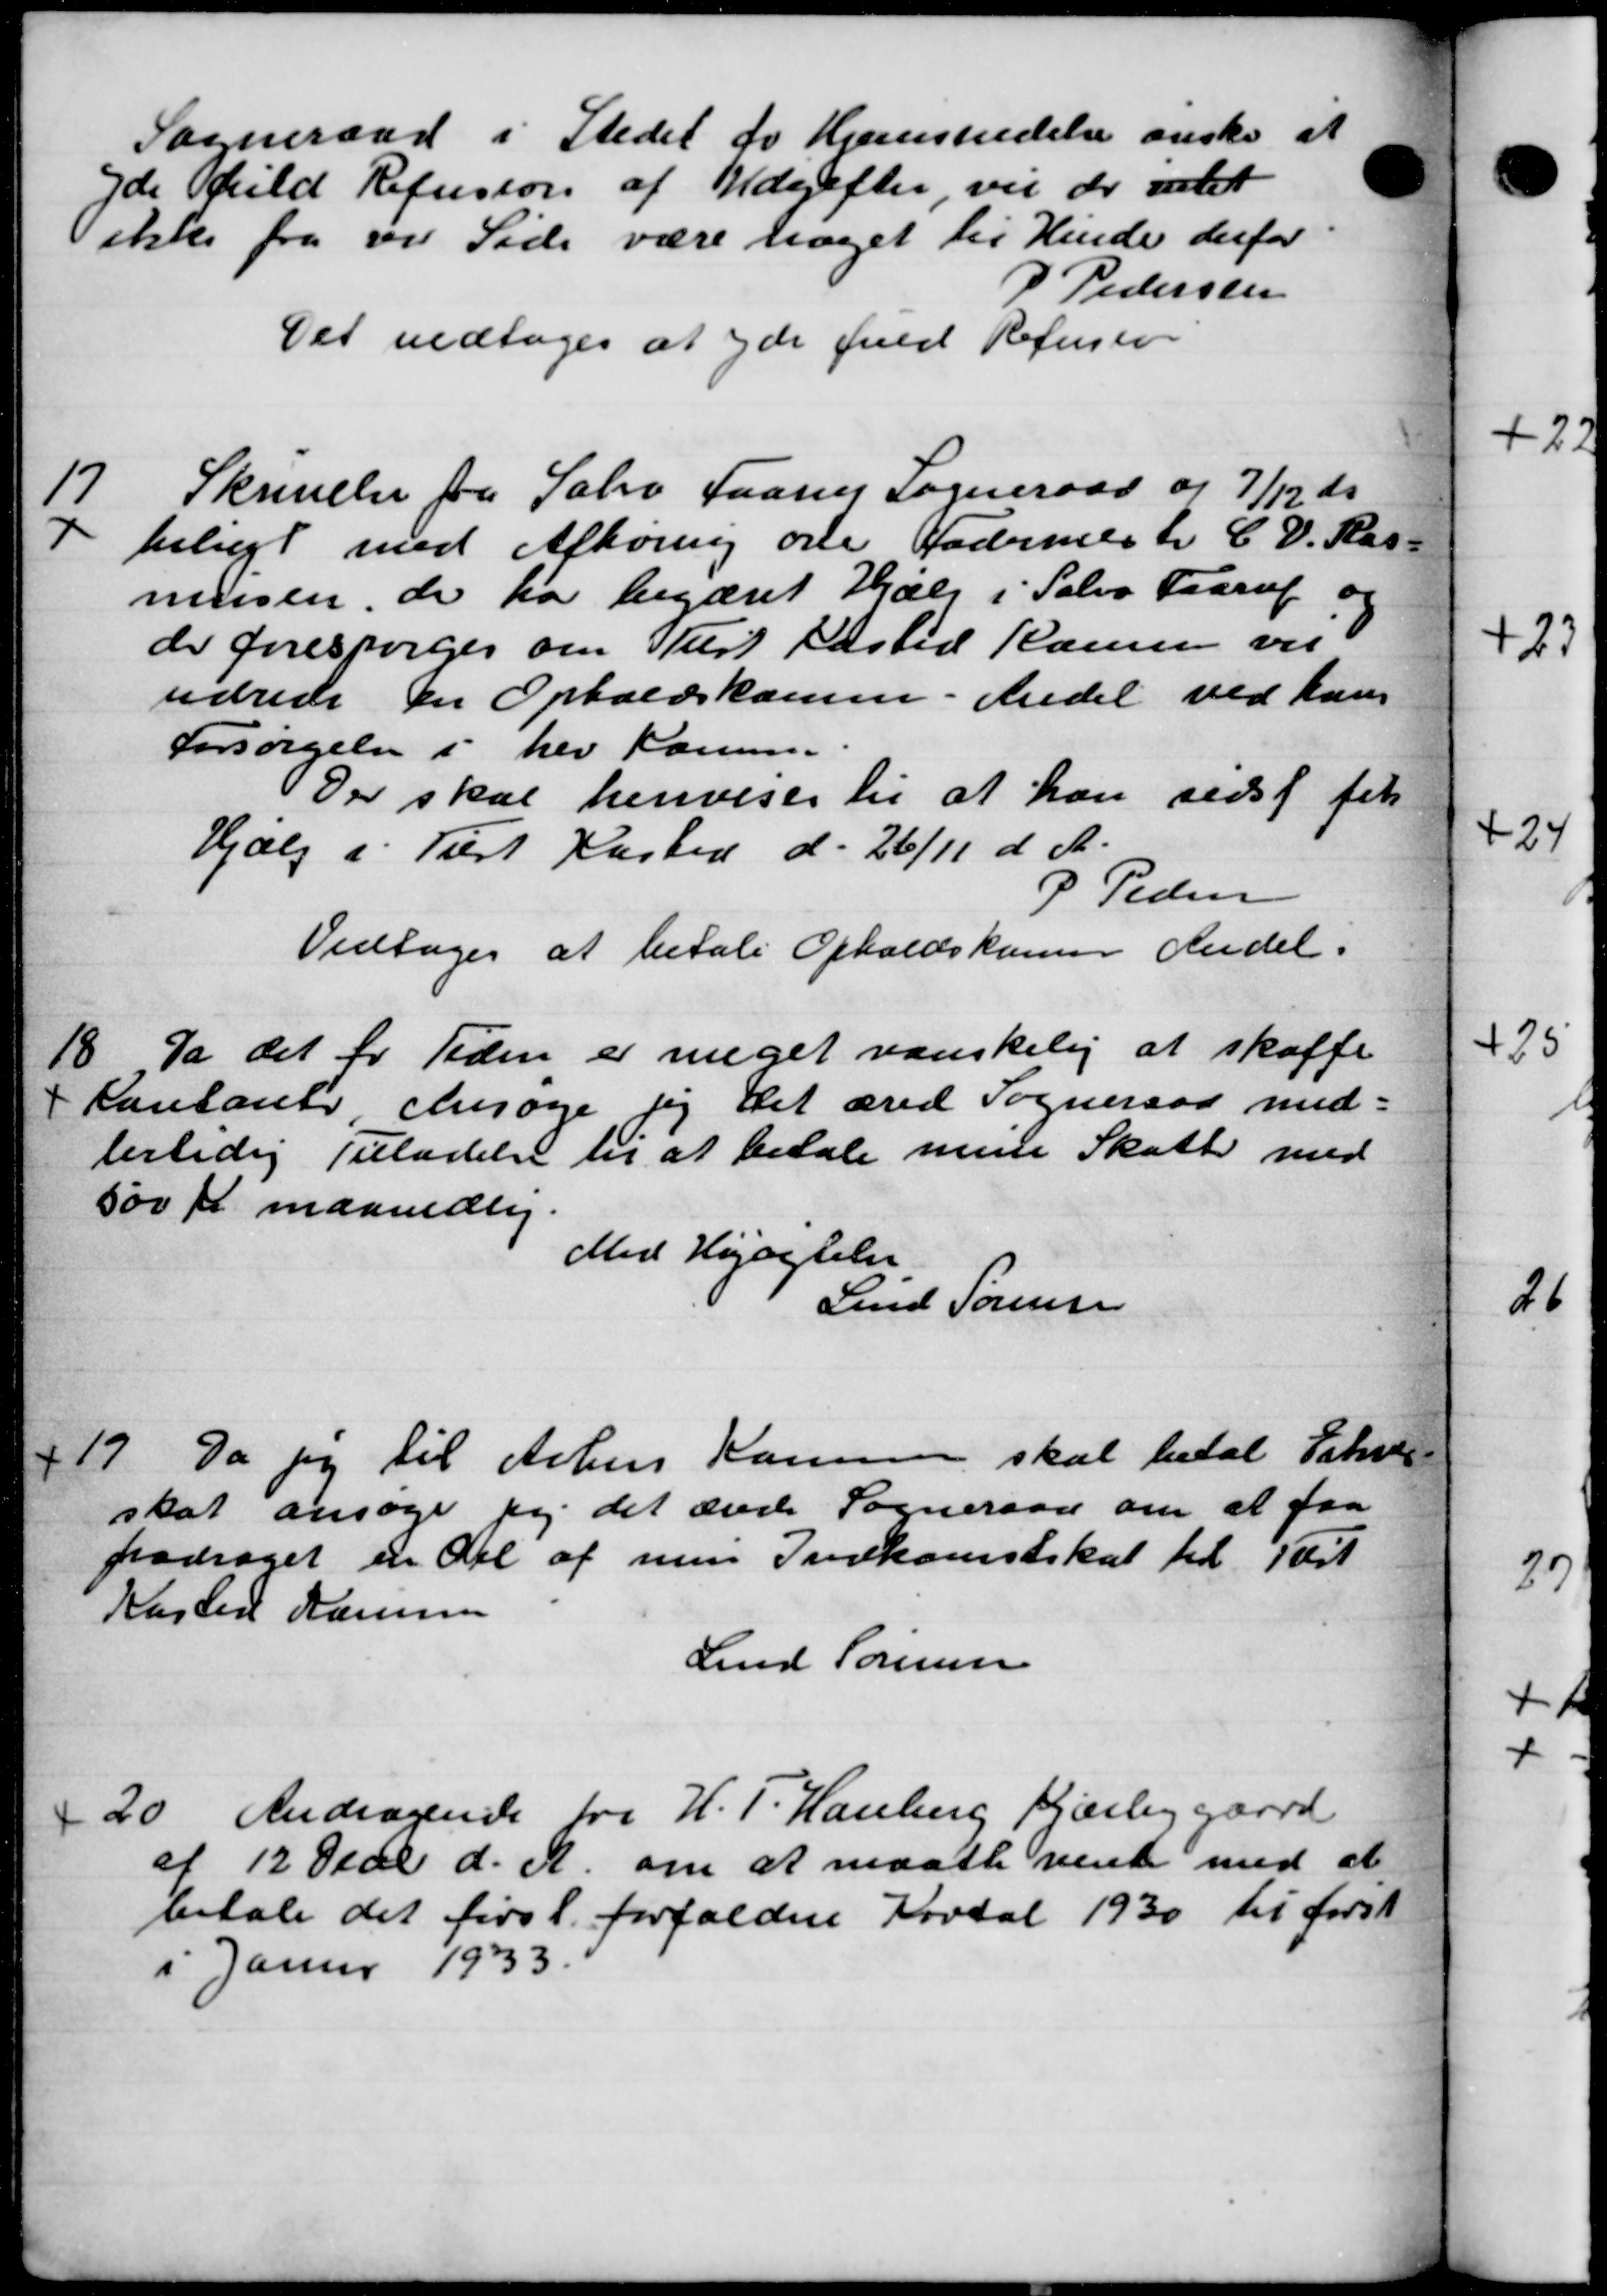
Transskription:
Sogneraad i Stedet for Hjemsendelse ønske at
yde fuld Refusion af Udgifter, vil de idet
ikke fra ved Side være noget til Hinde derfor
P Pedersen
Det vedtoges at yde fred Refusion
17
Skrivelse fra Sabro Faarup Sogneraad og 7/12 ds
7 beligt med Afhøring om Fodermester C. V. Ras-
musen, de har begæret Hjælp i Sabro Faarup og
der forespørges om Tilst Kasted Hansen vil
udrede en Opholdskomm -Andel ved hans
Forsørgelse i her Komm-
Der skal henvises til at han sidst fik
Hjælp i Tilst Kasted d. 26/11 d. A.
P. Pedersen
Vedtoges at betale Opholdskomen Andel.
18.
Da det for Tiden er meget vanskelig at skaffe
Contanter Ansøge sig det æred Sogneraad med-
lertidig Tilladelse til at betale mine Skatte med
500 Kr maanedlig.
Med Højagtelse
Lend Sørensen
19
Da jeg til Århus Kommune skal betal Erhver-
skat ansøge sig det ærede Sogneraad om at faa
fradraget en Del af nun Indkomstskat til Test
Karten Hansen
Lud Sørensen
20
Andragende fra H. P. Hanberg Kjærliggaard
af 12 Oeul d. A. om at maatte vente med at
betale det forsl. forfaldne Fortal 1930 til først
i Janur 1933.